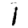
Digit: 1